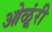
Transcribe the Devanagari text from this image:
ओळूंरी